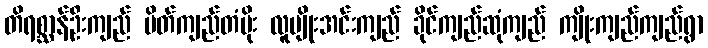
တိရစ္ဆာန်ဦးကျည် ပိတ်ကျည်တံပိုး လူမျိုးအင်းကျည် ခိုင်ကျည်ဆုံကျည် ကျိုးကျည်ကျည်ရွာ